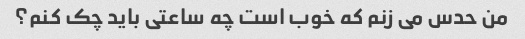
من حدس می زنم که خوب است چه ساعتی باید چک کنم؟